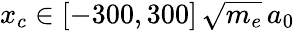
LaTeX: x_{c}\in[-300,300]\, \sqrt{m_{e}}\, a_{0}